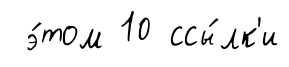
э́том 10 ссы́лк'и